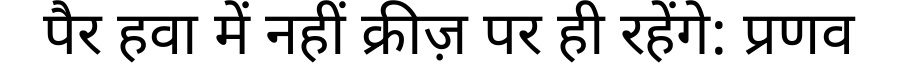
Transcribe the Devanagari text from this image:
पैर हवा में नहीं क्रीज़ पर ही रहेंगे: प्रणव